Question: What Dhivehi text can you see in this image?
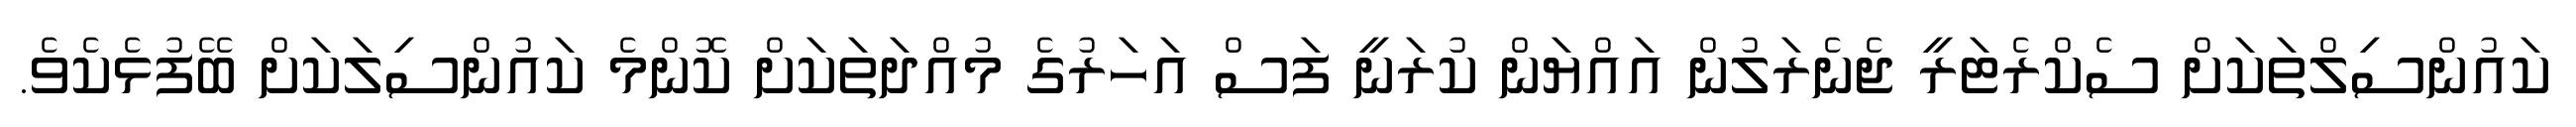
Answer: ކައުންސިލްތަކަށް ސެކްރެޓަރީ ޖެނެރަލުން އައްޔަން ކުރަނީ ފަސް އަހަރުގެ މުއްދަތަކަށް ކޮންމެ ކައުންސިލަކަށް ބޭފުޅެކެވެ.